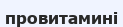
провитамині